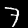
Digit: 7